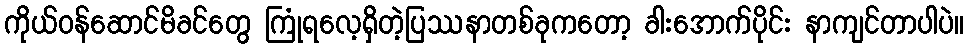
ကိုယ်ဝန်ဆောင်မိခင်တွေ ကြုံရလေ့ရှိတဲ့ပြဿနာတစ်ခုကတော့ ခါးအောက်ပိုင်း နာကျင်တာပါပဲ။